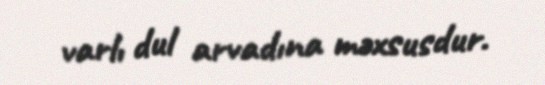
varlı dul arvadına məxsusdur.